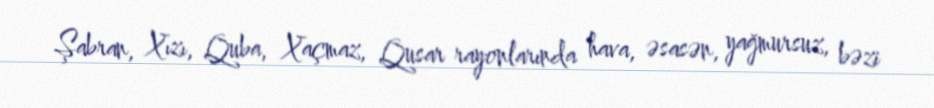
Şabran, Xızı, Quba, Xaçmaz, Qusar rayonlarında hava, əsasən, yağmursuz, bəzi